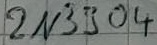
Text: 2N3904